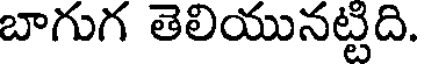
బాగుగ తెలియునట్టిది.